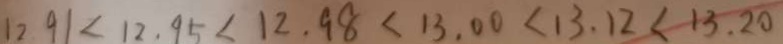
1 2 . 9 1 < 1 2 . 9 5 < 1 2 . 9 8 < 1 3 . 0 0 < 1 3 . 1 2 < 1 3 . 2 0